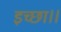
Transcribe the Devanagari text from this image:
इच्‍छा।।